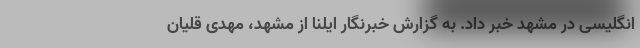
انگلیسی در مشهد خبر داد. به گزارش خبرنگار ایلنا از مشهد، مهدی قلیان